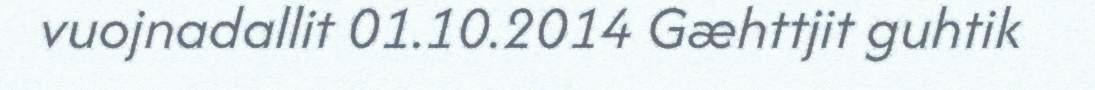
vuojnadallit 01.10.2014 Gæhttjit guhtik